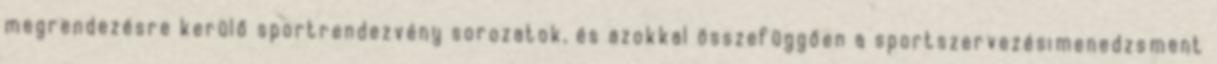
megrendezésre kerülő sportrendezvény sorozatok, és azokkal összefüggően a sportszervezésimenedzsment